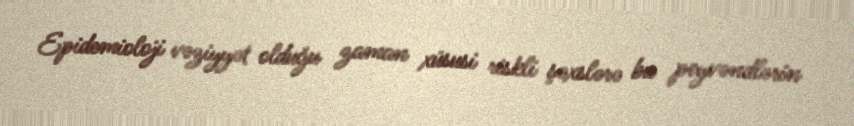
Epidemioloji vəziyyət olduğu zaman xüsusi riskli şəxslərə bu peyvəndlərin